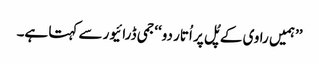
’’ہمیں راوی کے پُل پر اُتار دو‘‘جمی ڈرائیور سے کہتا ہے۔